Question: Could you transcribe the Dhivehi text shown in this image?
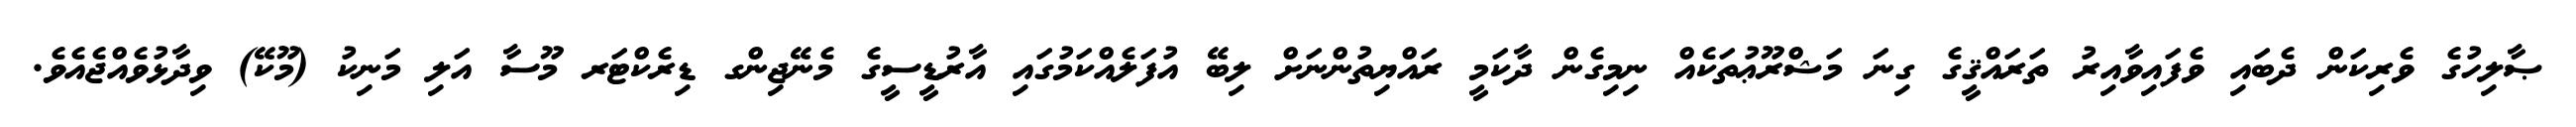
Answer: ޞާލިހުގެ ވެރިކަން ދެބައި ވެފައިވާއިރު ތަރައްޤީގެ ގިނަ މަޝްރޫޢުތަކެއް ނިމިގެން ދާކަމީ ރައްޔިތުންނަށް ލިބޭ އުފަލެއްކަމުގައި އާރުޑީސީގެ މެނޭޖިންގ ޑިރެކްޓަރ މޫސާ އަލި މަނިކު (މޫކޭ) ވިދާޅުވެއްޖެއެވެ.